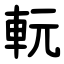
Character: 䡇